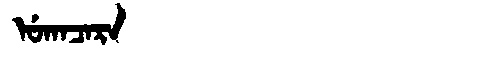
Manchu: ᡠᡴᠠᠴᠠᡵᠠ
Romanization: UKACARA